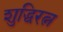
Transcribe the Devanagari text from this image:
शुद्धिरत्न